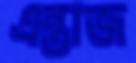
এন্তাজ